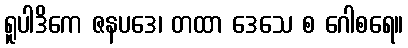
ရူပါဒိကေ ဇနပဒေ၊ တထာ ဒေသေ စ ဂေါစရေ။